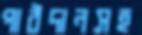
পাঠদানসহ